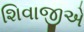
શિવાજીએ